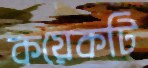
কয়েকটি